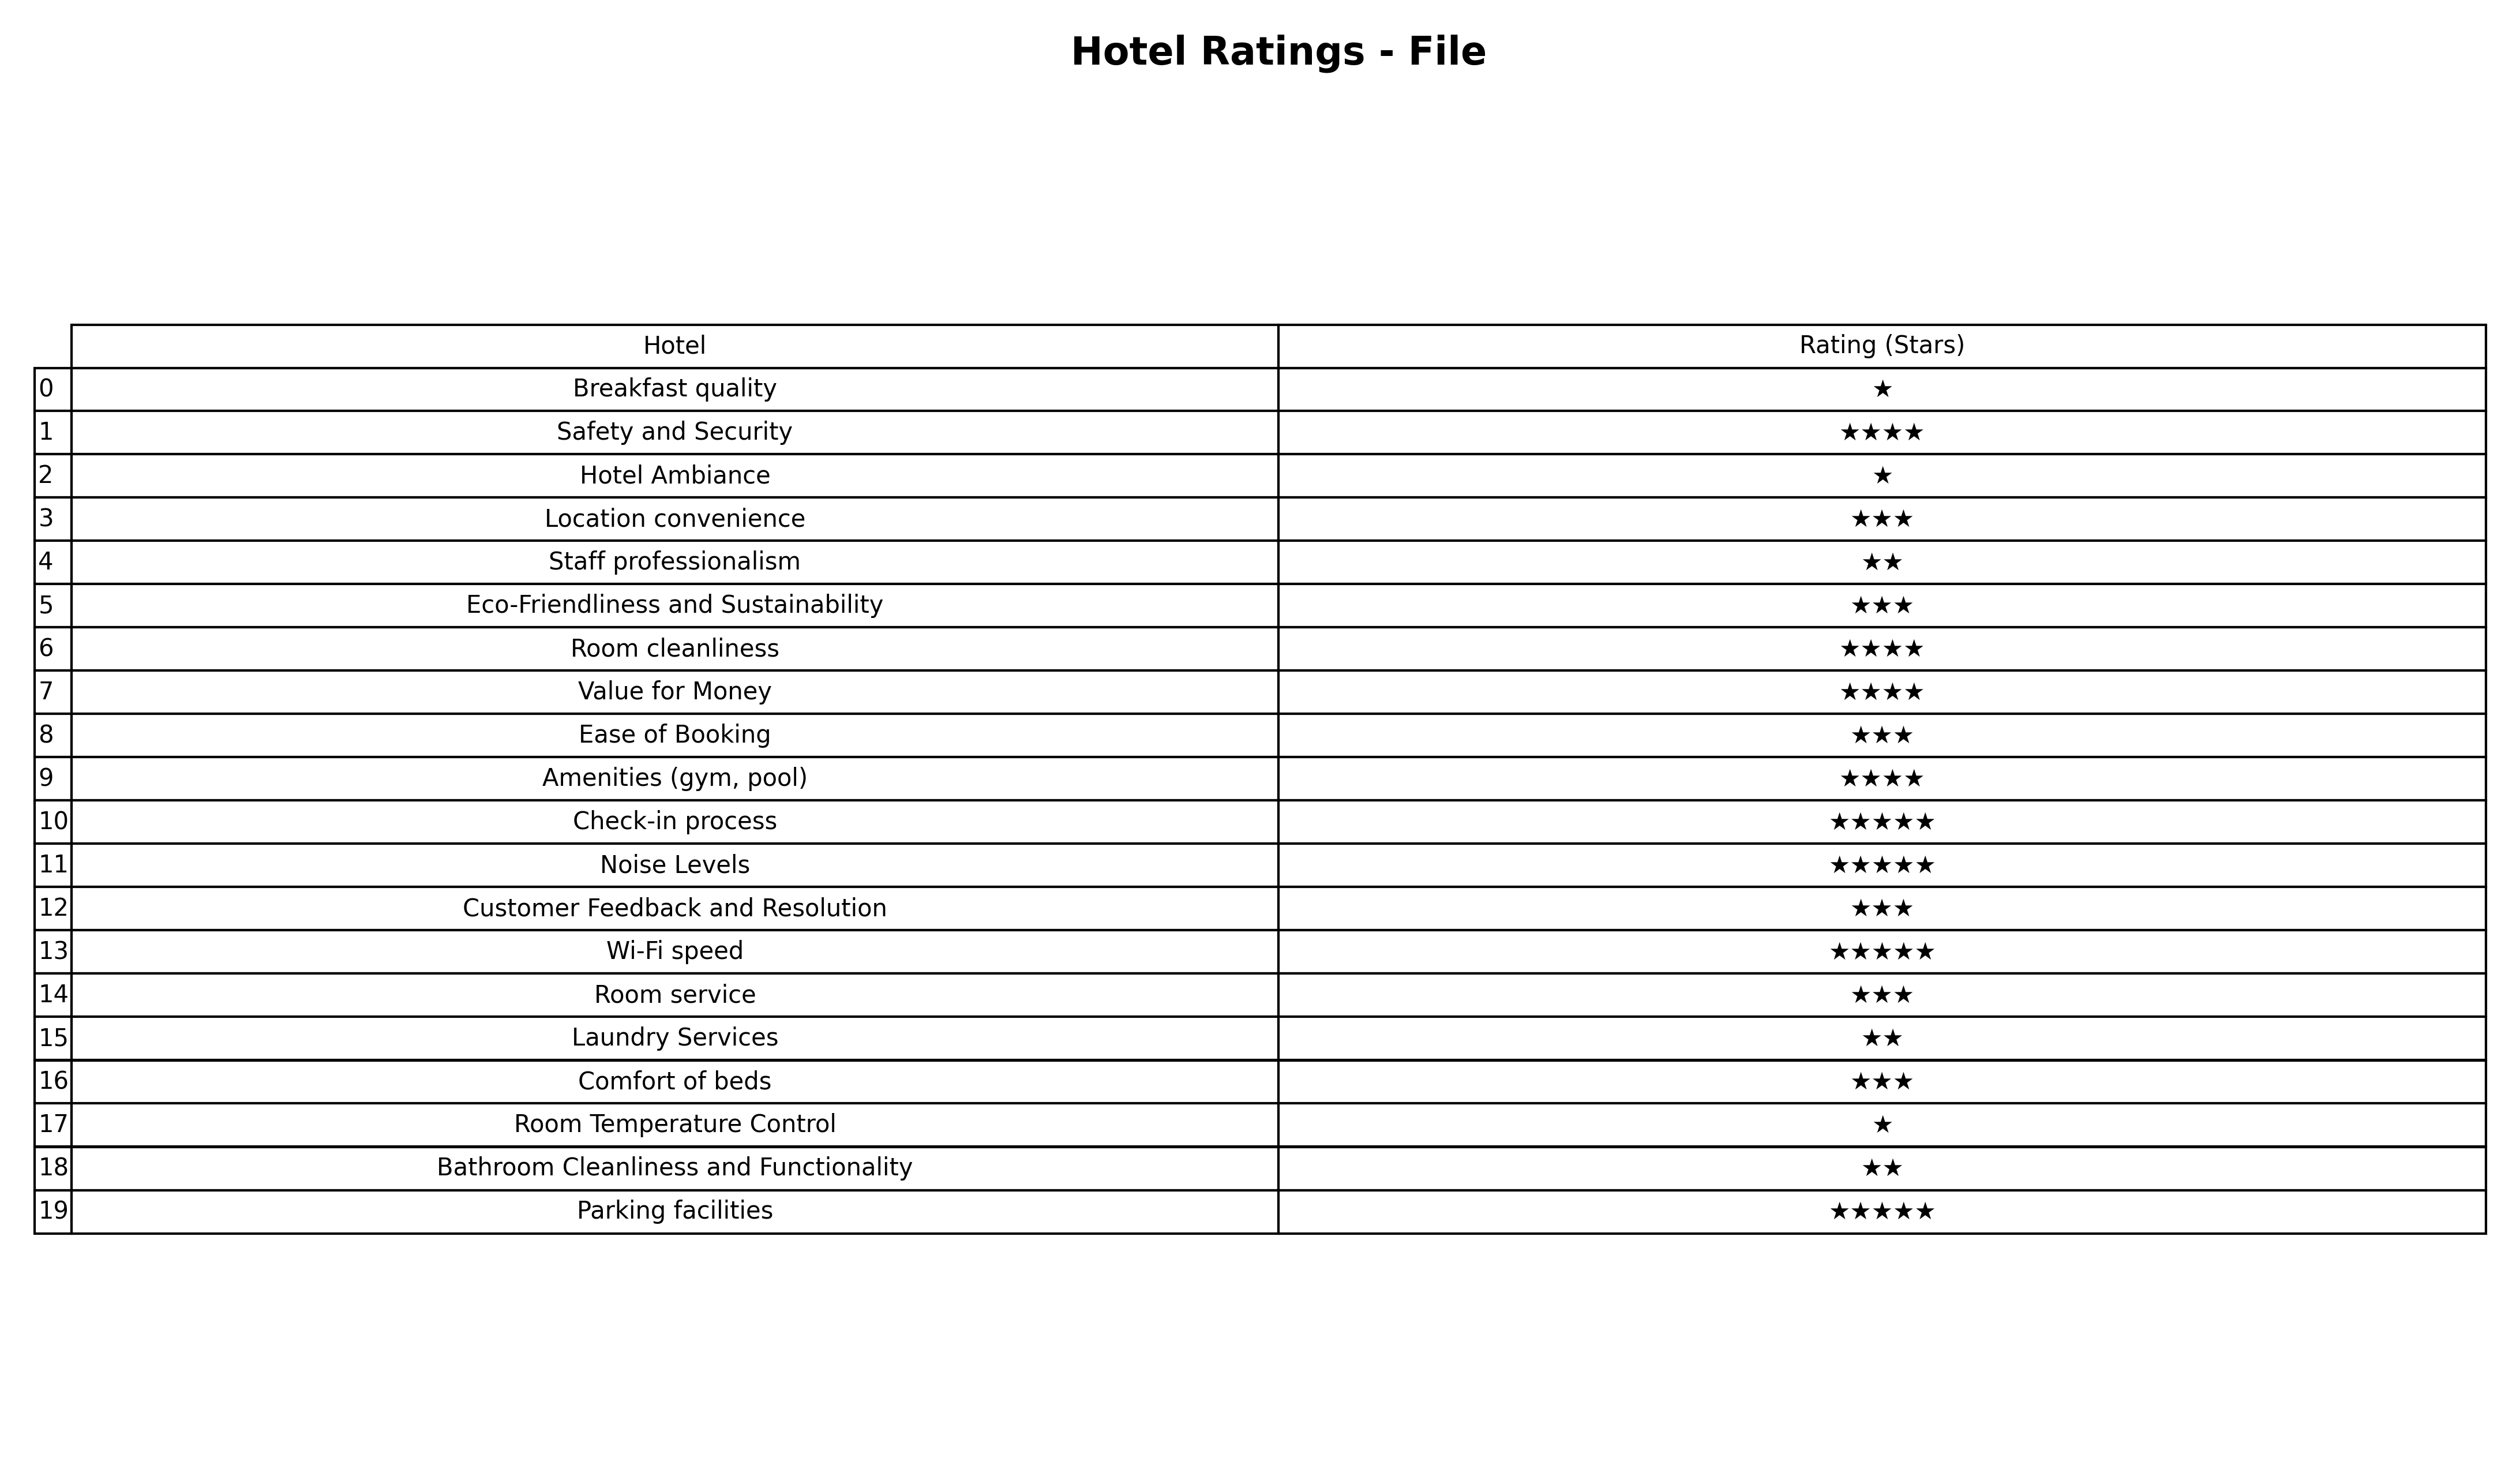
question: What are one star services?
answer: Breakfast qualityHotel AmbianceRoom Temperature Control